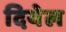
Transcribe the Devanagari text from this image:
दियेल